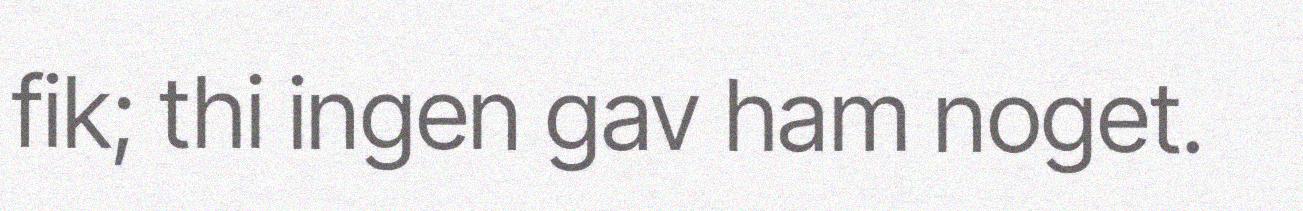
fik; thi ingen gav ham noget.